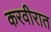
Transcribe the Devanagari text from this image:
करवीरात